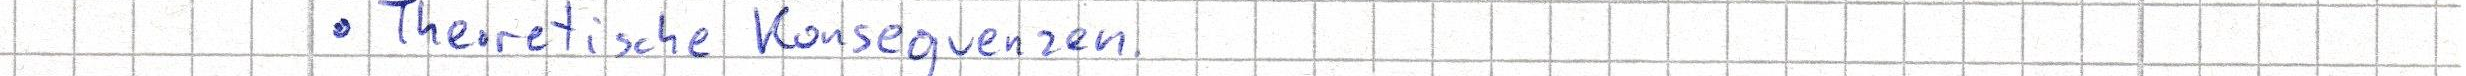
- Theoretische Konsequenzen